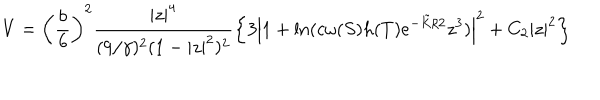
V = \left( \frac { b } { 6 } \right) ^ { 2 } \frac { | z | ^ { 4 } } { ( 9 / \gamma ) ^ { 2 } ( 1 - | z | ^ { 2 } ) ^ { 2 } } \left\{ 3 \left| 1 + \ln ( c \omega ( S ) h ( T ) e ^ { - \tilde { K } / 2 } z ^ { 3 } ) \right| ^ { 2 } + C _ { 2 } | z | ^ { 2 } \right\}